Medical and sanitary report of the native army of Madras for the year
Year: 1877
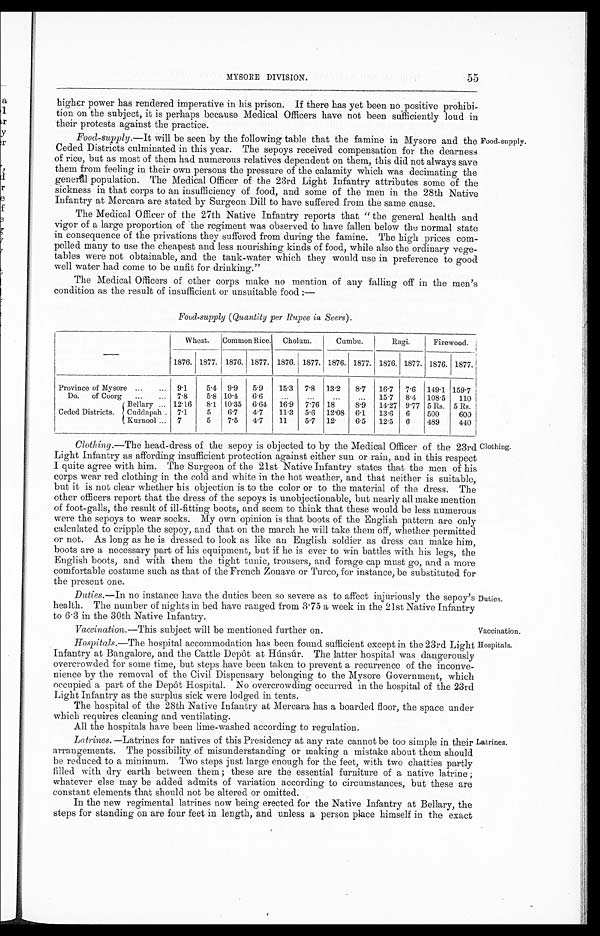
MYSORE DIVISION.
higher power has rendered imperative in his prison. If there has yet been no positive prohibi-
tion on the subject, it is perhaps because Medical Officers have not been sufficiently loud in
their protests against the practice.
Food-supply .—It will be seen by the following table that the famine in Mysore and the Food-supply.
Ceded Districts culminated in this year. The sepoys received compensation for the dearness
of rice, but as most of them had numerous relatives dependent on them, this did not always save
them from feeling in their own persons the pressure of the calamity which was decimating the
geneal population. The Medical Officer of the 23rd Light Infantry attributes some of the
sickness in that corps to an insufficiency of food, and some of the men in the 28th Native
Infantry at Mercara are stated by Surgeon Dill to have suffered from the same cause.
The Medical Officer of the 27th Native Infantry reports that " the general health and
vigor of a large proportion of the regiment was observed to have fallen below the normal state
in consequence of the privations they suffered from during the famine. The high prices com-
pelled many to use the cheapest and less nourishing kinds of food, while also the ordinary vege-
tables were not obtainable, and the tank-water which they would use in preference to good
well water had come to be unfit for drinking."
The Medical Officers of other corps make no mention of any falling off in the men's
condition as the result of insufficient or unsuitable food :-
Food-supply (Quantity per Rupee in Seers).
Wheat.
Common Rice. Cholum.
Cumbu.
Ragi.
Firewood.
1876. 1877. 1876. 1877. 1876. 1877. 1876. 1877. 1876. 1877. 1876. 1877.
Province of Mysore ...
... 9.1
5.4 9.9
5.9
15.3 7.8 13.2
8.7
16.7 7.6 149.1
1 5 9 . 7
Do. of Coorg
..
... 7.8
5.8 10.4
6.6
...
...
. . . . . .
15.7 8.4 108.5
110
Ceded Districts.
Bellary
. . . 12.16
8.1 10.35 6.64 16.9 7.76 18
8.9
14.27 9.77 5 Rs. 5 Rs.
Cuddapah . 7.1
5
6.7
4.7
11.3 5.6 12.08 6.1
13.6 6
500
600
( Kurnool ... 7
5
7.5
4.7
11
5.7 12.
6.5
12.5 6
489
440
Clothing .—The head-dress of the sepoy is objected to by the Medical Officer of the 23rd Clothing.
Light Infantry as affording insufficient protection against either sun or rain, and in this respect
I quite agree with him. The Surgeon of the 21st Native Infantry states that the men of his
corps wear red clothing in the cold and white in the hot weather, and that neither is suitable,
but it is not clear whether his objection is to the color or to the material of the dress. The
other officers report that the dress of the sepoys is unobjectionable, but nearly all make mention
of foot-galls, the result of ill-fitting boots, and seem to think that these would be less numerous
were the sepoys to wear socks. My own opinion is that boots of the English pattern are only
calculated to cripple the sepoy, and that on the march he will take them off, whether permitted
or not. As long as he is dressed to look as like an English soldier as dress can make him,
boots are a necessary part of his equipment, but if he is ever to win battles with his legs, the
English boots, and with them the tight tunic, trousers, and forage cap must go, and a more
comfortable costume such as that of the French Zouave or Turco, for instance, be substituted for
the present one.
Duties.—In no instance have the duties been so severe as to affect injuriously the sepoy's Duties.
health. The number of nights in bed have ranged from 3.75 a week in the 21st Native Infantry
to 6 . 3 in the 30th Native infantry.
Vaccination.—This subject will be mentioned further on.
Vaccination.
Hospitals.—The hospital accommodation has been found sufficient except in the 23rd Light Hospitals.
Infantry at Bangalore, and the Cattle Depôt at Húnsúr. The latter hospital was dangerously
overcrowded for some time, but steps have been taken to prevent a recurrence of the inconve-
nience by the removal of the Civil Dispensary belonging to the Mysore Government, which
occupied a part of the Depôt Hospital. No overcrowding occurred in the hospital of the 23rd
Light Infantry as the surplus sick were lodged in tents.
The hospital of the 28th Native Infantry at Mercara has a boarded floor, the space under
which requires cleaning and ventilating.
All the hospitals have been lime-washed according to regulation.
Latrines. — Latrines for natives of this Presidency at any rate cannot be too simple in their Latrines.
arrangements. The possibility of misunderstanding or making a mistake about them should
be reduced to a minimum. Two steps just large enough for the feet, with two chatties partly
filled with dry earth between them ; these are the essential furniture of a native latrine ;
whatever else may be added admits of variation according to circumstances, but these are
constant elements that should not be altered or omitted.
In the new regimental latrines now being erected for the Native Infantry at Bellary, the
steps for standing on are four feet in length, and unless a person place himself in the exact